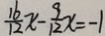
\frac { 1 6 } { 1 2 } x - \frac { 9 } { 1 2 } x = - 1